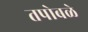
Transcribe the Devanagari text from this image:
तपोबळे